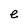
Character: e